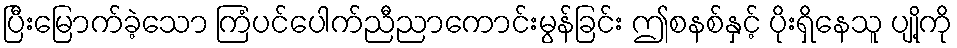
ပြီးမြောက်ခဲ့သော ကြံပင်ပေါက်ညီညာကောင်းမွန်ခြင်း ဤစနစ်နှင့် ပိုးရှိနေသူ ပျို့ကို